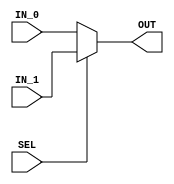
/*
 
 Module Name: MUX
 
 Functionality:
 - This block Passes One Of The Inputs (IN_0, IN_1) To The Output Port (OUT), To
 Be Used In The Datapath
 
 Inputs:
 1) IN_0         Parameterized
 2) IN_1         Parameterized
 3) SEL          (Single Bit)
 
 Outputs:
 1) OUT          Parameterized
 
 */

module MUX #(parameter MUX_UNIT_WIDTH = 32)

            (input wire [MUX_UNIT_WIDTH-1:0] IN_0,
             input wire [MUX_UNIT_WIDTH-1:0] IN_1,
             input wire SEL,
             
             output wire [MUX_UNIT_WIDTH-1:0] OUT);
    
    assign OUT = (SEL == 0)? IN_0 : IN_1;
    
endmodule